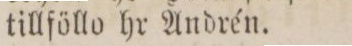
tillföllo hr Andrén.